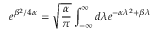
e ^ { \beta ^ { 2 } / 4 \alpha } = \sqrt { { \frac { \alpha } { \pi } } } \int _ { - \infty } ^ { \infty } d \lambda e ^ { - \alpha \lambda ^ { 2 } + \beta \lambda }